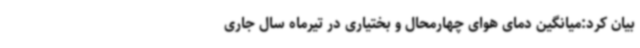
بیان کرد:میانگین دمای هوای چهارمحال و بختیاری در تیرماه سال‌ جاری